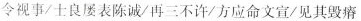
令视事/士良屡表陈诚/再三不许/方应命文宣/见其毁瘠